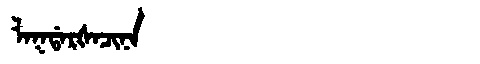
Manchu: ᠯᠠᡴᡩᠠᡵᡧᠠᠴᡳᠨᠠ
Romanization: LAKDARŠACINA